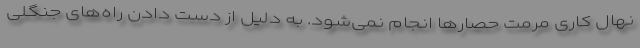
نهال کاری مرمت حصارها انجام نمی‌شود. به دلیل از دست دادن راه‌های جنگلی